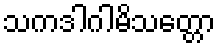
သကဒါဂါမိသတ္တော